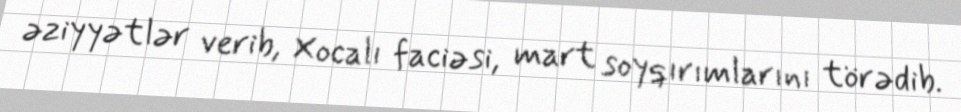
əziyyətlər verib, Xocalı faciəsi, mart soyqırımlarını törədib.